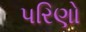
પરિણો